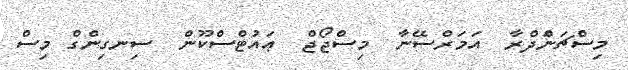
މިސްޗަނަްދްރާ  އަމަރްސޭނާ  މިސްޖޯޖް  ޢައުޓްސްކޫން  ސިނގިންގް މިސް